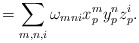
\begin{align*}=\sum\limits_{m,n,i} \omega_{mni}x_p^my_p^nz_p^i.\end{align*}